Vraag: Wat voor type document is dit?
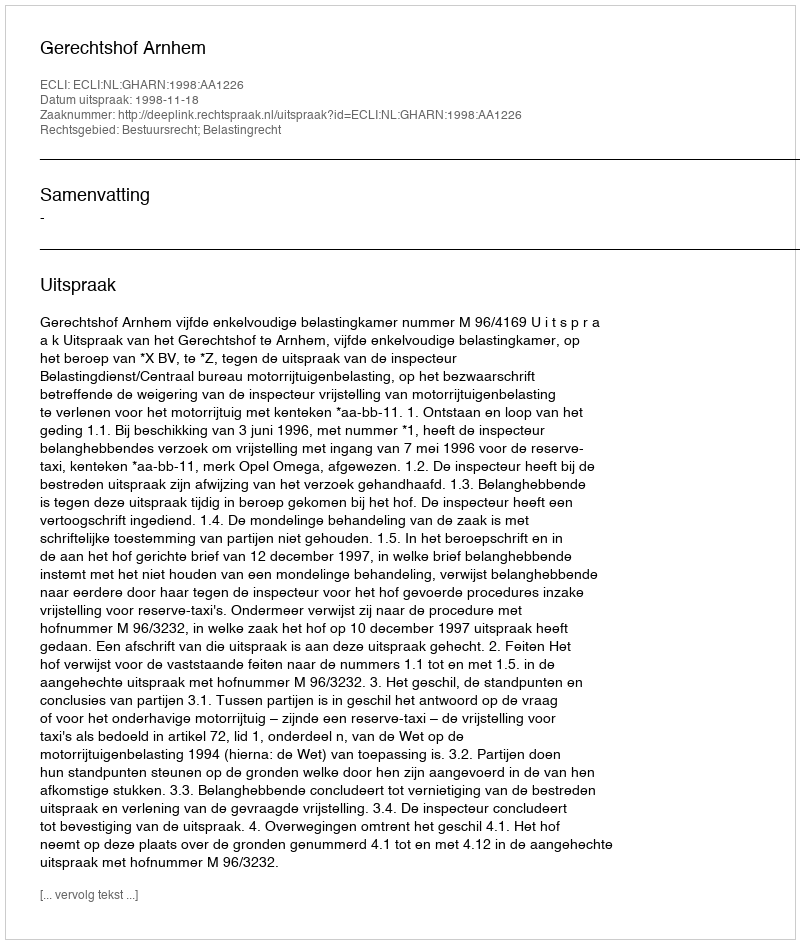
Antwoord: Uitspraak